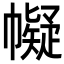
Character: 𢅟